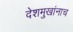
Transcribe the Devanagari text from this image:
देशमुखांनाच